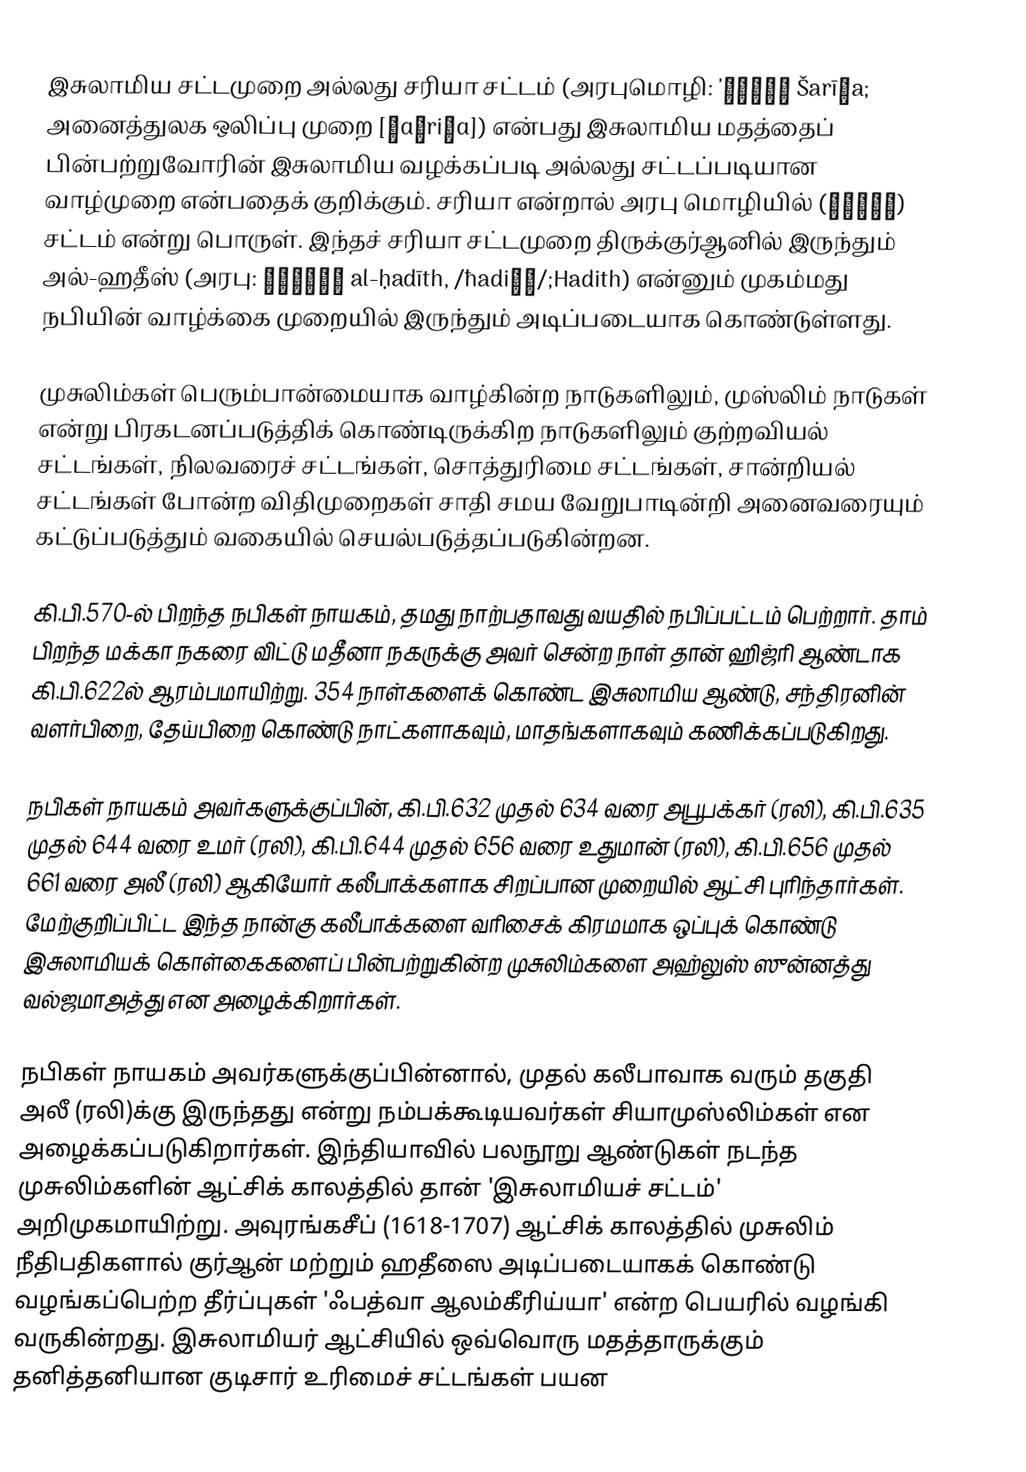
இசுலாமிய சட்டமுறை அல்லது சரியா சட்டம் (அரபுமொழி: 'شريعة Šarīʿa; அனைத்துலக ஒலிப்பு முறை [ʃɑˈriːɑ]) என்பது இசுலாமிய மதத்தைப் பின்பற்றுவோரின் இசுலாமிய வழக்கப்படி அல்லது சட்டப்படியான வாழ்முறை என்பதைக் குறிக்கும். சரியா என்றால் அரபு மொழியில் (شريعة) சட்டம் என்று பொருள். இந்தச் சரியா சட்டமுறை திருக்குர்ஆனில் இருந்தும் அல்-ஹதீஸ் (அரபு: الحديث al-ḥadīth, /ħadiːθ/;Hadith) என்னும் முகம்மது நபியின் வாழ்க்கை முறையில் இருந்தும் அடிப்படையாக கொண்டுள்ளது.

முசுலிம்கள் பெரும்பான்மையாக வாழ்கின்ற நாடுகளிலும், முஸ்லிம் நாடுகள் என்று பிரகடனப்படுத்திக் கொண்டிருக்கிற நாடுகளிலும் குற்றவியல் சட்டங்கள், நிலவரைச் சட்டங்கள், சொத்துரிமை சட்டங்கள், சான்றியல் சட்டங்கள் போன்ற விதிமுறைகள் சாதி சமய வேறுபாடின்றி அனைவரையும் கட்டுப்படுத்தும் வகையில் செயல்படுத்தப்படுகின்றன.

கி.பி.570-ல் பிறந்த நபிகள் நாயகம், தமது நாற்பதாவது வயதில் நபிப்பட்டம் பெற்றார். தாம் பிறந்த மக்கா நகரை விட்டு மதீனா நகருக்கு அவர் சென்ற நாள் தான் ஹிஜ்ரி ஆண்டாக கி.பி.622ல் ஆரம்பமாயிற்று. 354 நாள்களைக் கொண்ட இசுலாமிய ஆண்டு, சந்திரனின் வளர்பிறை, தேய்பிறை கொண்டு நாட்களாகவும், மாதங்களாகவும் கணிக்கப்படுகிறது.

நபிகள் நாயகம் அவர்களுக்குப்பின், கி.பி.632 முதல் 634 வரை அபூபக்கர் (ரலி), கி.பி.635 முதல் 644 வரை உமர் (ரலி), கி.பி.644 முதல் 656 வரை உதுமான் (ரலி), கி.பி.656 முதல் 661 வரை அலீ (ரலி) ஆகியோர் கலீபாக்களாக சிறப்பான முறையில் ஆட்சி புரிந்தார்கள். மேற்குறிப்பிட்ட இந்த நான்கு கலீபாக்களை வரிசைக் கிரமமாக ஒப்புக் கொண்டு இசுலாமியக் கொள்கைகளைப் பின்பற்றுகின்ற முசுலிம்களை அஹ்லுஸ் ஸுன்னத்து வல்ஜமாஅத்து என அழைக்கிறார்கள்.

நபிகள் நாயகம் அவர்களுக்குப்பின்னால், முதல் கலீபாவாக வரும் தகுதி அலீ (ரலி)க்கு இருந்தது என்று நம்பக்கூடியவர்கள் சியாமுஸ்லிம்கள் என அழைக்கப்படுகிறார்கள். இந்தியாவில் பலநூறு ஆண்டுகள் நடந்த முசுலிம்களின் ஆட்சிக் காலத்தில் தான் 'இசுலாமியச் சட்டம்' அறிமுகமாயிற்று. அவுரங்கசீப் (1618-1707) ஆட்சிக் காலத்தில் முசுலிம் நீதிபதிகளால் குர்ஆன் மற்றும் ஹதீஸை அடிப்படையாகக் கொண்டு வழங்கப்பெற்ற தீர்ப்புகள் 'ஃபத்வா ஆலம்கீரிய்யா' என்ற பெயரில் வழங்கி வருகின்றது. இசுலாமியர் ஆட்சியில் ஒவ்வொரு மதத்தாருக்கும் தனித்தனியான குடிசார் உரிமைச் சட்டங்கள் பயன